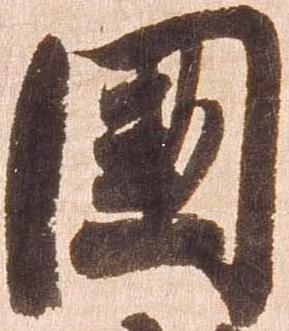
国